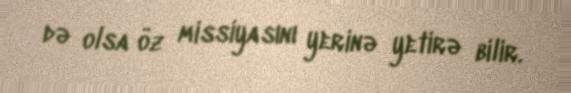
də olsa öz missiyasını yerinə yetirə bilir.